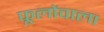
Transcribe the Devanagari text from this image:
फूलोंवाला